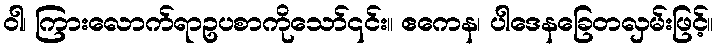
ဝါ၊ ကြားလောက်ရာဥပစာကိုသော်၎င်း။ ဧကေန၊ ပါဒေနခြေတလှမ်းဖြင့်။